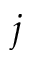
j